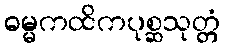
ဓမ္မကထိကပုစ္ဆသုတ္တံ